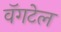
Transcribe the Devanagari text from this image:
वॅगटेल